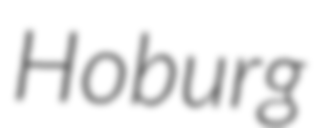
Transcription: Hoburg